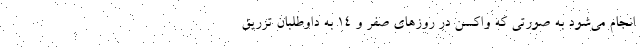
انجام می‌شود به صورتی که واکسن در روزهای صفر و ۱۴ به داوطلبان تزریق